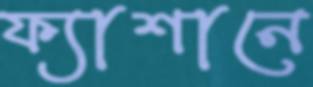
ফ্যাশানে